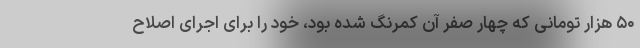
۵۰ هزار تومانی که چهار صفر آن کمرنگ شده بود، خود را برای اجرای اصلاح